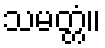
သမတ္တံ။